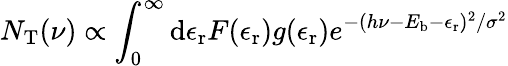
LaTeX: N_{\mathrm{T}}(\nu)\propto\int_{0}^{\infty}\mathrm{d}\epsilon_{\mathrm{r}}F(\epsilon_{\mathrm{r}})g(\epsilon_{\mathrm{r}})e^{-(h\nu-E_{\mathrm{b}}-\epsilon_{\mathrm{r}})^{2}/\sigma^{2}}